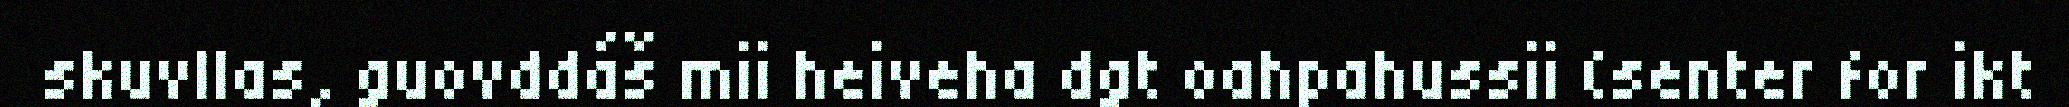
skuvllas, guovddáš mii heiveha dgt oahpahussii (senter for ikt